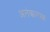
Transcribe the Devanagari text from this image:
अलंकारपक्ष